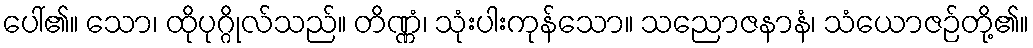
ပေါ်၏။ သော၊ ထိုပုဂ္ဂိုလ်သည်။ တိဏ္ဏံ၊ သုံးပါးကုန်သော။ သညောဇနာနံ၊ သံယောဇဉ်တို့၏။